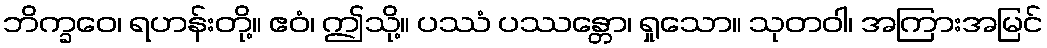
ဘိက္ခဝေ၊ ရဟန်းတို့။ ဧဝံ၊ ဤသို့။ ပဿံ ပဿန္တော၊ ရှုသော။ သုတဝါ၊ အကြားအမြင်